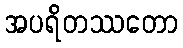
အပရိတဿတော